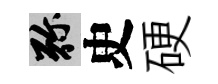
弥史硬